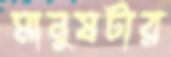
মানুষটার